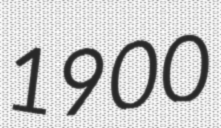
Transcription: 1900